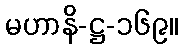
မဟာနိ-ဋ္ဌ-၁၆၉။